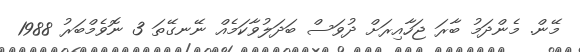
މޭން. މެންދަމު ބާރަ ޖަހާއިރަށް ދުވަސް ބަދަލުވާކަމެއް ނޭނގޭތަ 3 ނޮވެމްބަރު 1988